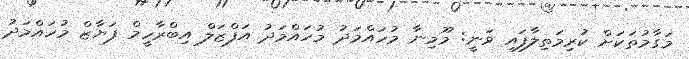
މަގާމުތަކަށް ކުރިމަތިލާފައި ވަނީ: މޫމިނާ މުހައްމަދު މުހައްމަދު އަފްޒަލް އިބްރާހީމް ފަޔާޒް މުހައްމަދު